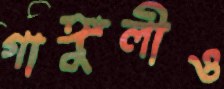
গাঙ্গুলীও